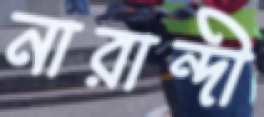
নারান্দী